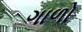
ગાળો